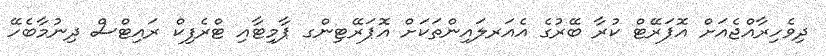
ދިވެހިރާއްޖެއަށް އޮޕަރޭޓް ކުރާ ބޭރުގެ އެއަރލައިންތަކަށް އޮޕަރޭޓިންގ ޕާމިޓާއި ޓްރެފިކް ރައިޓްސް ދިނުމާބެހޭ